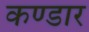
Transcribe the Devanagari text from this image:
कण्डार